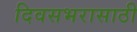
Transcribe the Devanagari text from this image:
दिवसभरासाठी